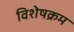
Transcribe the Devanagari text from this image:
विशेषक्रम